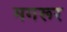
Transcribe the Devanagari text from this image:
मगरूर